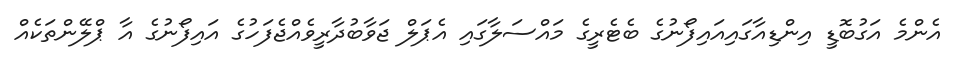
އެންމެ އަގުބޮޑީ އިންޑިއާގައިއައިފޯނުގެ ބެޓެރީގެ މައްސަލާގައި އެޕަލް ޖަވާބުދާރީވެއްޖެފަހުގެ އައިފޯނުގެ އާ ޕްލޭންތަކެއް